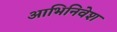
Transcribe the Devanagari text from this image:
आभिनिवेश